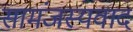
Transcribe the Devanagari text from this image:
सामंजस्यवाद